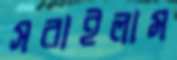
সরাইলাম